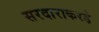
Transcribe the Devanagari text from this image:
सरदाराकरडे